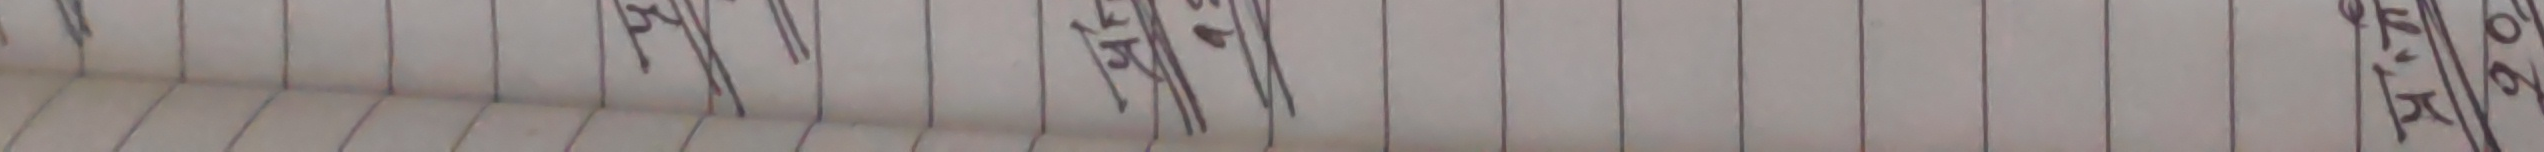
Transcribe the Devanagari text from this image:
माले एक